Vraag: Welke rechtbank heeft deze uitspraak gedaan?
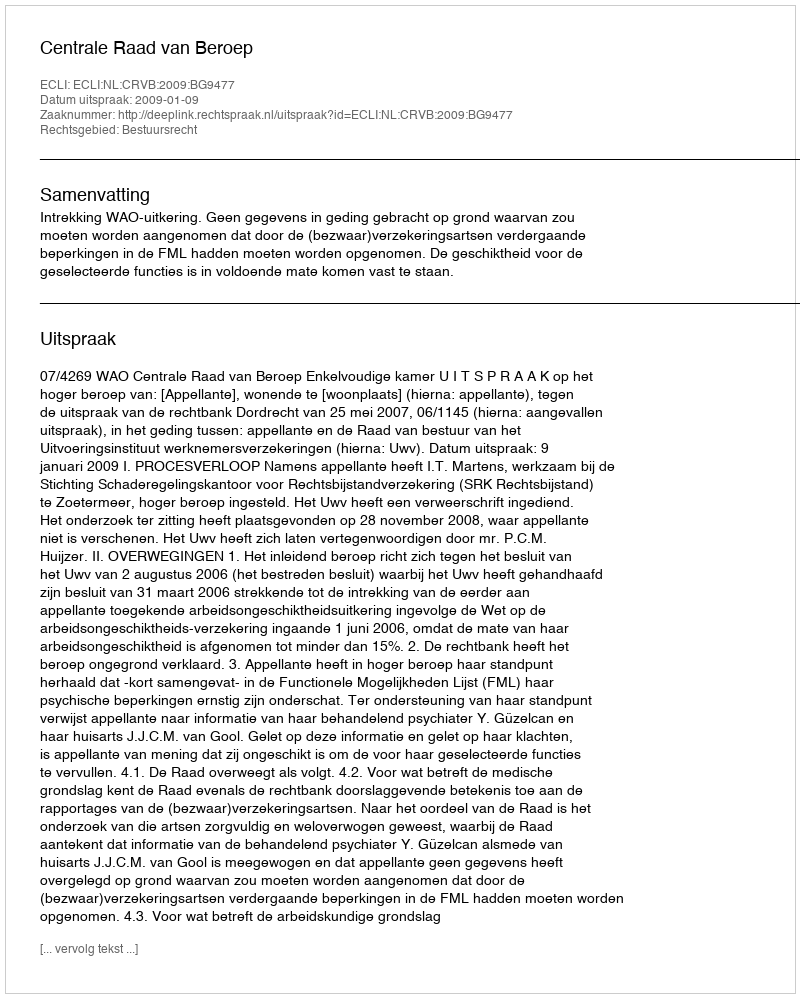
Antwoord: Centrale Raad van Beroep